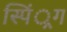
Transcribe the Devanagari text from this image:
स्पिं्रग